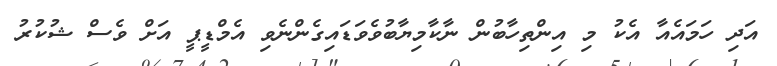
އަދި ހަމައެއާ އެކު މި އިންތިހާބުން ނާކާމިޔާބުވެވަޑައިގެންނެވި އެމްޑީޕީ އަށް ވެސް ޝުކުރު